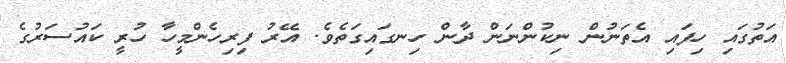
އަތުގައި ހިފައި އެތަނުން ނިކުންނަން ދާން ހިނގައިގަތެވެ. އޭރު ފިރިހެންމީހާ ހުރީ ކައުސަރުގެ